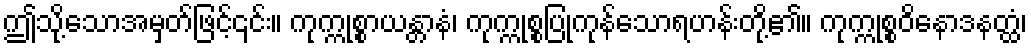
ဤသို့သောအမှတ်ဖြင့်၎င်း။ ကုက္ကုစ္စာယန္တာနံ၊ ကုက္ကုစ္စပြုကုန်သောရဟန်းတို့၏။ ကုက္ကုစ္စဝိနောဒနတ္ထံ၊